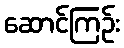
ဆောင်ကြဉ်း